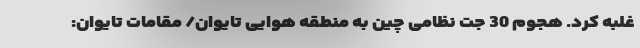
غلبه کرد. هجوم 30 جت نظامی چین به منطقه هوایی تایوان/ مقامات تایوان: